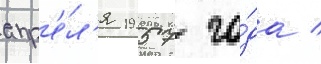
апр'е́л'я 1957 го́да /